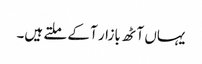
یہاں آٹھ بازار آ کے ملتے ہیں۔